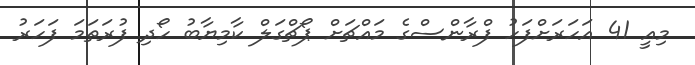
މިއީ 41 އަހަރަށްފަހު ފްރާންސްގެ މައްޗަށް ޕޯޗްގަލް ކާމިޔާބު ހޯދި ފުރަތަމަ ފަހަރު